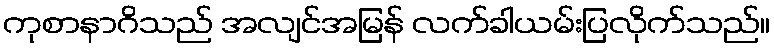
ကုစာနာဂိသည် အလျင်အမြန် လက်ခါယမ်းပြလိုက်သည်။